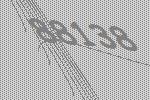
88138